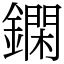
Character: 䥜